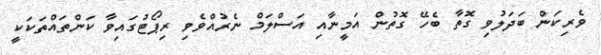
ވެރިކަން ބަދަލުވި ގޮތާ ބެހޭ ގޮތުން އަމީނާއި އަސްލަމް ނެރުއްވެވި ރިޕޯޓުގައިވާ ކަންތައްތަކަކީ